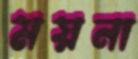
ময়না